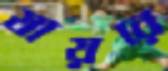
যায়রে